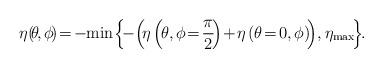
LaTeX: \begin{align*}\eta_{}\!\left(\!\theta\!,\phi\!\right) \!=\! -\!\min\! {\left\{\!-\!\left(\!\eta_{}\left(\!\theta,\phi\!=\!\frac{\pi}{2}\!\right)\!+\!\eta_{}\left(\theta\!=\!0,\phi\right)\!\right)\!,\eta_{\max}\!\right\}}\!.\!\end{align*}